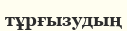
тұрғызудың